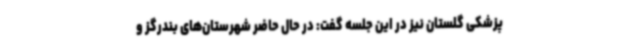
پزشکی گلستان نیز در این جلسه گفت: در حال حاضر شهرستان‌های بندرگز و